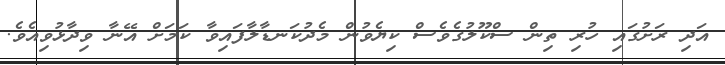
އަދި ރަށުގައި ހުރި ތިން ސްކޫލުގެވެސް ކިޔެވުން މެދުކަނޑާލާފައިވާ ކަމަށް އޭނާ ވިދާޅުވިއެވެ.